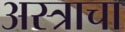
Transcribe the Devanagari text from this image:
अस्त्राचा